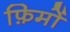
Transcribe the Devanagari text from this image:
फ़िमों